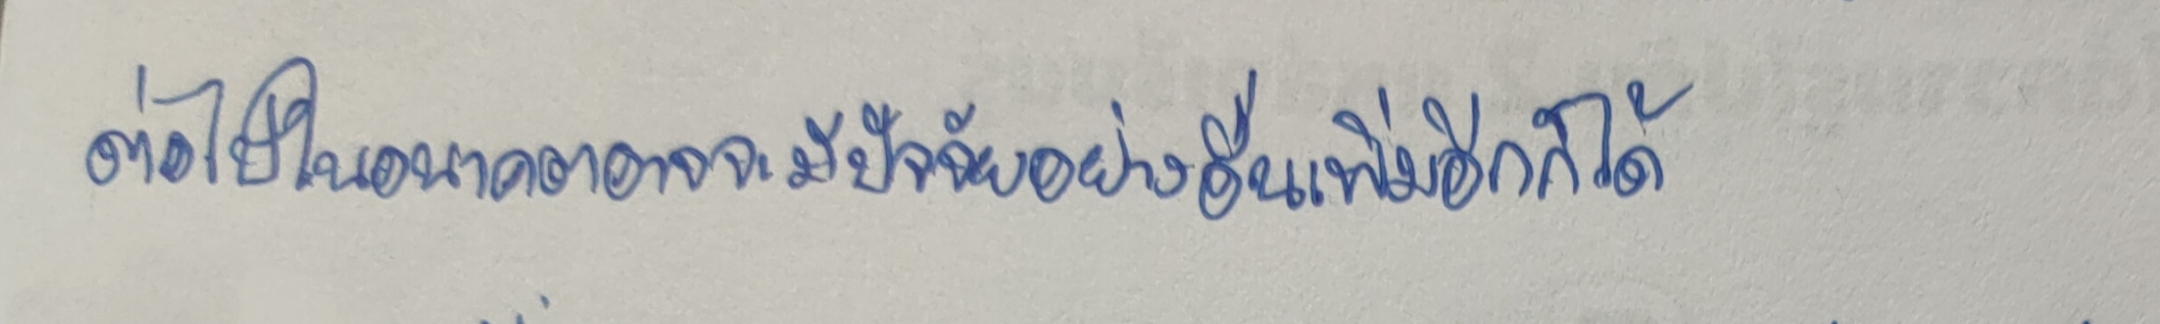
ต่อไปในอนาคตอาจจะมีปัจจัยอย่างอื่นเพิ่มอีกก็ได้